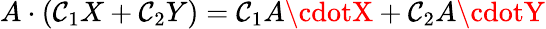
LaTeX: A\cdot(\mathcal{C}_{1}X+\mathcal{C}_{2}Y)=\mathcal{C}_{1}A\cdotX+\mathcal{C}_{2}A\cdotY